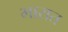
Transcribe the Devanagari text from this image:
भारात